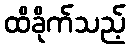
ထိခိုက်သည့်